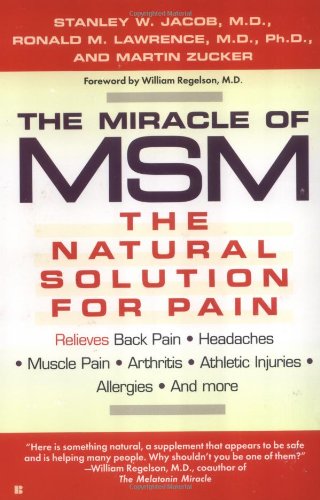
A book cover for The Miracle of MSM: The Natural Solution for Pain; Stanley W. Jacob; Medical Books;